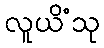
လူယိံသု